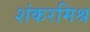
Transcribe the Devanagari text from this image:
शंकरमिश्र